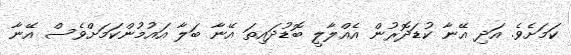
ކަމަށެވެ. އަދި އޭނާ ކުޑަދޮރުން އެއްލާލީ ބޮޑުދައިތަ އޭނާ ބަލާ އައުމުންކަމަށްވެސް އޭނާ